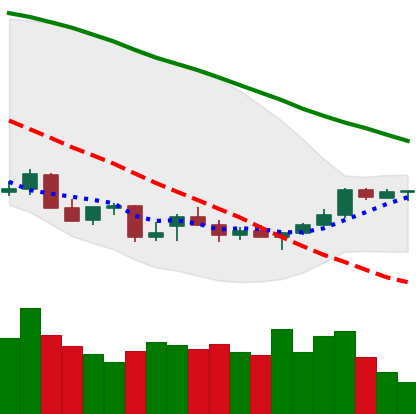
Ticker: NEO-USD
Chart end date: 2021-12-26
Forward return: -12.925%
Label: down_7plus